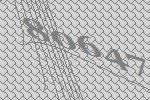
80647